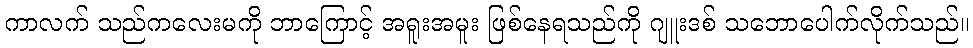
ကာလက် သည်ကလေးမကို ဘာကြောင့် အရူးအမူး ဖြစ်နေရသည်ကို ဂျူးဒစ် သဘောပေါက်လိုက်သည်။